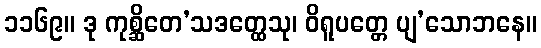
၁၁၆၉။ ဒု ကုစ္ဆိတေ’သဒတ္ထေသု၊ ဝိရူပတ္တေ ပျ’သောဘနေ။